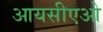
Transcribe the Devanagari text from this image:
आयसीएओ